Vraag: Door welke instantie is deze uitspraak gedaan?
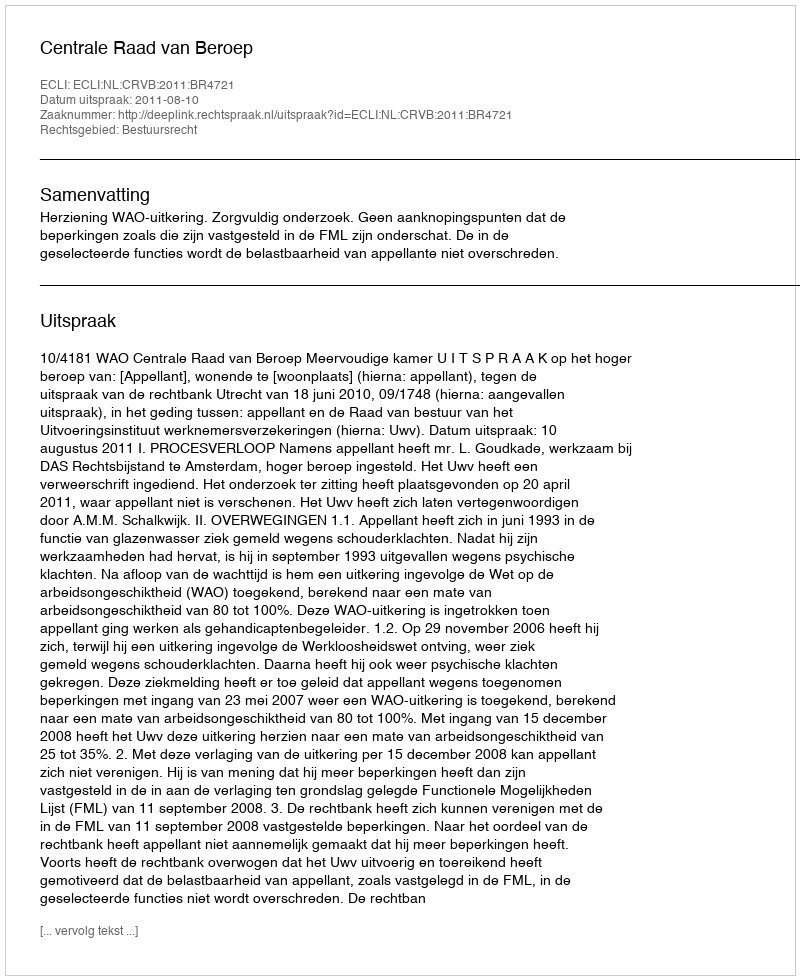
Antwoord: Centrale Raad van Beroep